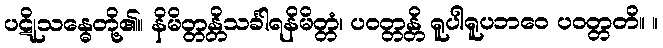
ပဋိုသန္ဓေတို့၏။ နိမိတ္တန္တိသင်္ခါရနိမိတ္တံ၊ ပဝတ္တန္တိ ရူပါရူပဘဝေ ပဝတ္တတိ။ ။